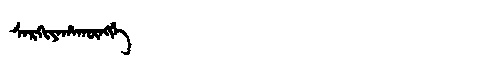
Manchu: ᠰᠠᡵᡴᡳᠶᠠᡥᠠᡴᡡᠩᡤᡝ
Romanization: SARKIYAHAKŪNGGE